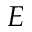
E